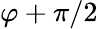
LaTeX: \varphi+\pi/2